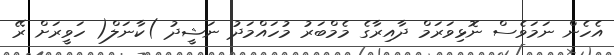
އެހެން ނަމަވެސް ނޮޅިވަރަމް ދާއިރާގެ މެމްބަރު މުހައްމަދު ނަޝީދު )ކާނަލް( ހަވީރަށް ރޭ